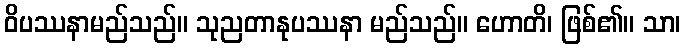
ဝိပဿနာမည်သည်။ သုညတာနုပဿနာ မည်သည်။ ဟောတိ၊ ဖြစ်၏။ သာ၊